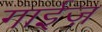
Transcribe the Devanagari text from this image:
गाईज़